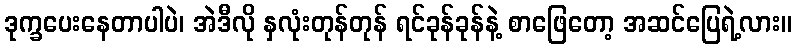
ဒုက္ခပေးနေတာပါပဲ၊ အဲဒီလို နှလုံးတုန်တုန် ရင်ခုန်ခုန်နဲ့ စာဖြေတော့ အဆင်ပြေရဲ့လား။